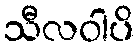
သီလဝါပိ